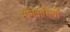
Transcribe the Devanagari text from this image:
स्‍पेनवासियों